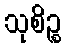
သုစိဉ္စ